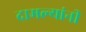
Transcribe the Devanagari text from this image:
दामल्यांनी